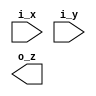
//////////////////////////////////////////////////////////////////////////////////
// Company       : TSU
// Engineer      : 
// 
// Project Name  : 
// Design Name   : 
// Description   : 
// 
// Dependencies  : 
// 
// Revision      : 
//                 - V1.0 File Created
// Additional Comments:
// 
//////////////////////////////////////////////////////////////////////////////////
// 


`default_nettype none
`timescale 1ns/1ps
module lix_and  #(
    parameter  W = 32
  )(
    input  wire [W-1:0] i_x,
    input  wire [W-1:0] i_y,
    output wire [W-1:0] o_z);

`ifdef SIM
  
  genvar i;
  generate
  for (i = 0 ; i < W ; i = i + 1)begin: GAND

    assign o_z[i] = i_x[i] & i_y[i];
    
  end
  endgenerate


`elsif FPGA

  genvar i;
  generate    
    for (i = 0 ; i < W ; i = i +1) begin: GAND
  
      LUT6 #(.INIT(64'h0000000000000008))
       lut6_and_inst(
        .O (o_z[i]),
        .I0(i_x[i]),
        .I1(i_y[i]),
        .I2(1'd0),
        .I3(1'd0),
        .I4(1'd0),
        .I5(1'd0)
        );

    end
  endgenerate

`elsif TSMC_28N

  genvar i;
  generate    
    for (i = 0 ; i < W ; i = i +1) begin: GAND
      AN2D4BWP12T30P140LVT u_and
      (.A1(i_x[i]),.A2(i_y[i]),.Z(o_z[i]));
    end
  endgenerate


`elsif LIB_45NM

  genvar i;
  generate    
    for (i = 0 ; i < W ; i = i +1) begin: GAND
      AND2_X4 u_and
      (.A1(i_x[i]), .A2(i_y[i]), .ZN(o_z[i]));
    end
  endgenerate


`else


`endif

endmodule